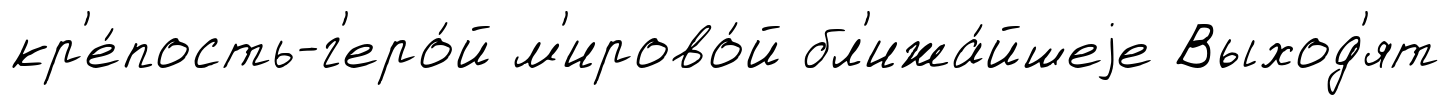
кр'е́пость-г'еро́й м'ирово́й бл'ижа́йшеjе Выход'ят